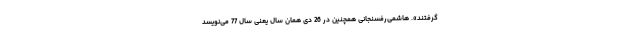
گرفتند». هاشمی‌رفسنجانی همچنین در 26 دی‌ همان سال یعنی سال 77 می‌نویسد